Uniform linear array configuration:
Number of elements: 8
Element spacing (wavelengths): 0.5
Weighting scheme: cosine
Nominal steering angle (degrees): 0
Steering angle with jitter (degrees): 1.176
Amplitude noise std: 0.05
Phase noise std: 0.05

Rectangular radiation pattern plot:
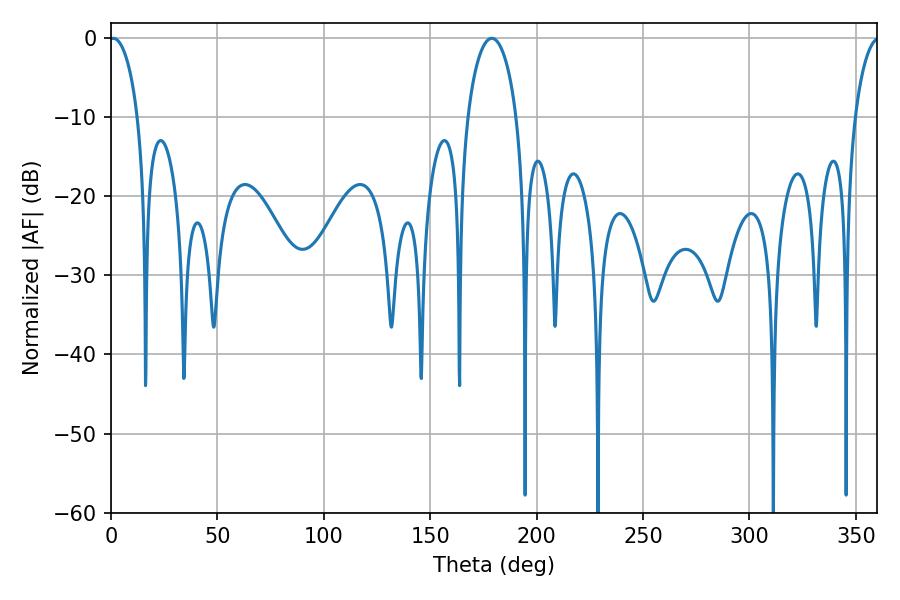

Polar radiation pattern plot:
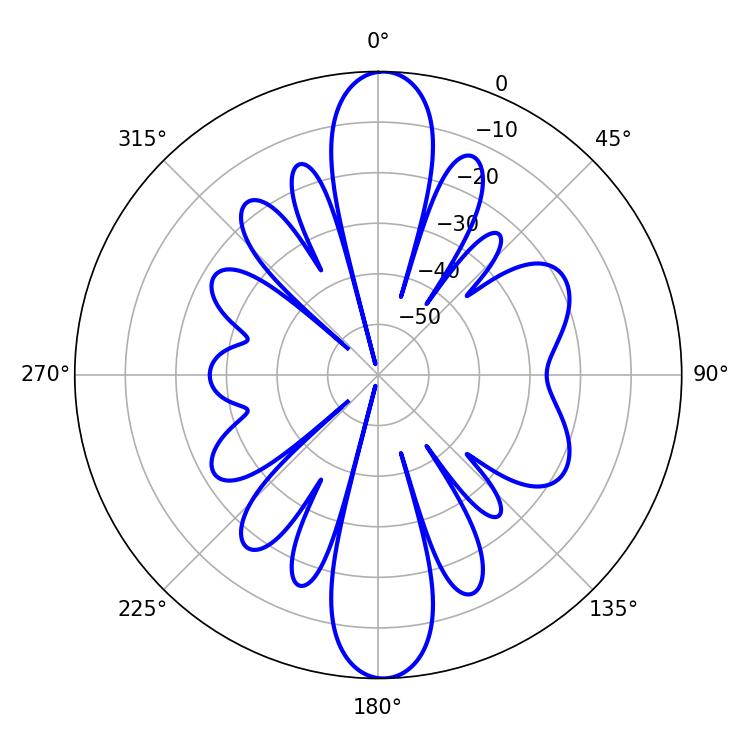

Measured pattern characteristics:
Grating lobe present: FALSE
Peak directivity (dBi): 21.18
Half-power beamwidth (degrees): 7.74
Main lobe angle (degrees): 1.08